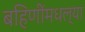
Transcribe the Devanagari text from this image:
बहिणींमधल्या